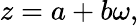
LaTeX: z=a+b\omega,